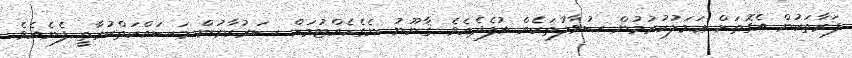
ފަރާތަކުން އެގޮތަށް ޢަމަލުކުރުމުން ސުވާލުތަކެއް އުފެދެއެވެ. ޤާނޫނު ނެގެެހެއްޓުމަށް ސަރުކާރުން މަސައްކަތްކުރާތީ ފެނެއެވެ.